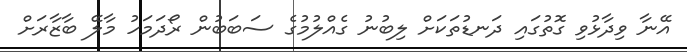
އޭނާ ވިދާޅުވި ގޮތުގައި ދަނޑުތަކަށް ލިބުނު ގެއްލުމުގެ ސަބަބުން ރޯދަމަހު މާލޭ ބާޒާރަށް